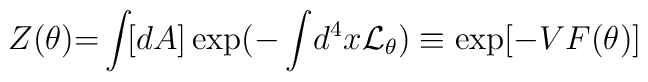
Z(\theta) {=} \int\! [dA] \exp ( {-} \int\! d^4 x {\cal L}_\theta )\equiv \exp[ - V F(\theta) ]